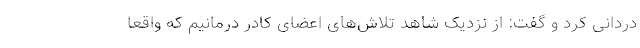
دردانی کرد و گفت: از نزدیک شاهد تلاش‌های اعضای کادر درمانیم که واقعاً